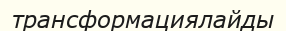
трансформациялайды